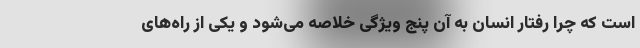
است که چرا رفتار انسان به آن پنج ویژگی خلاصه می‌شود و یکی از راه‌های